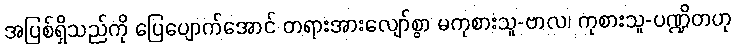
အပြစ်ရှိသည်ကို ပြေပျောက်အောင် တရားအားလျော်စွာ မကုစားသူ-ဗာလ၊ ကုစားသူ-ပဏ္ဍိတဟု